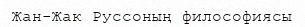
Жан-Жак Руссоның философиясы